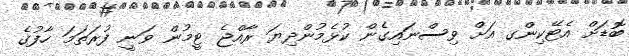
ބޮޑަށް އެޓޭކިންގ އަށް ވިސްނައިގެން ކުޅެމުންދިޔަ ރާއްޖެ ޓީމުން ވަނީ ފުރަތަމަ ހާފުގެ